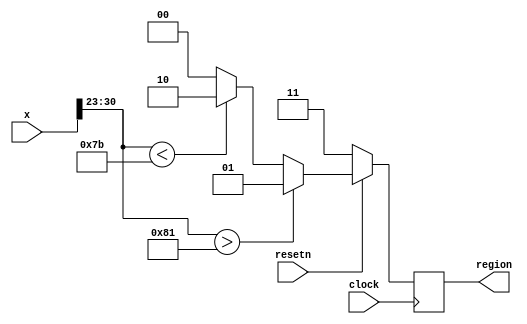

module regions
(
	input  clock,
	input  resetn,
	input  [31:0]x,
	output reg [1:0] region
);

	reg [1:0] region_, region1;
	always @(x[30:23]) 
	begin
		if (x[30:23] > 129)
			region_ = 2'b01; // Saturation region
		else if (x[30:23] < 123)
			region_ = 2'b10; // Linear region
		else
			region_ = 2'b00; // Hyperbolic region
	end
	
	always @(posedge clock)
	begin
		if (!resetn)
			region <= 2'b11;
		else begin
			region  <= region_;
		end
	end

endmodule